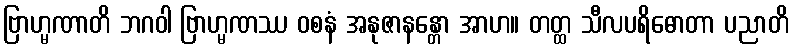
ဗြာဟ္မဏာတိ ဘဂဝါ ဗြာဟ္မဏဿ ဝစနံ အနုဇာနန္တော အာဟ။ တတ္ထ သီလပရိဓောတာ ပညာတိ